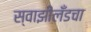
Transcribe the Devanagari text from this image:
स्वाझीलँडचा